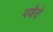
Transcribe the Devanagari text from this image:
पजेरो